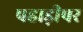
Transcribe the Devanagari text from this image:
पहाड़ीपर